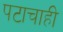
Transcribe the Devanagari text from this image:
पटाचाही